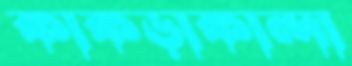
কাকড়াকান্দা